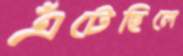
এঁটেছিলে